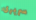
سريرى